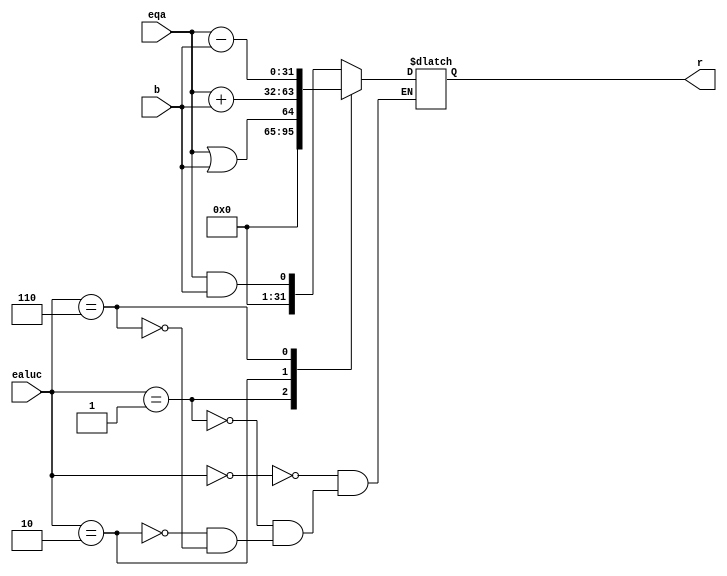
module Alu (
    input [3:0] ealuc,
    input [31:0] eqa,
    input [31:0] b,

    output reg [31:0] r
);
    
always @(*) begin
    case (ealuc)
        4'b0000: begin
            r = eqa && b;
        end
        4'b0001: begin
            r = eqa || b;
        end
        4'b0010: begin
            r = eqa + b;
        end
        4'b0110: begin
            r = eqa - b;
        end
    endcase
end

endmodule